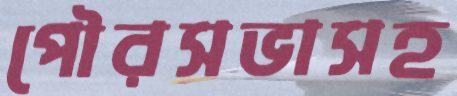
পৌরসভাসহ